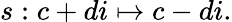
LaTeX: s:c+di\mapsto c-di.